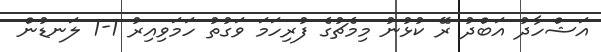
އަޝްހާދު އަބްދު ރޭ ކުޅުނު މިމެޗުގެ ފުރިހަމަ ވަގުތު ހަމަވިއިރު 1-1 ލަނޑުން